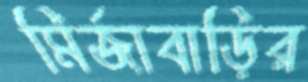
মির্জাবাড়ির